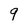
Character: 9